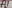
Text: D8